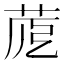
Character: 𦱼